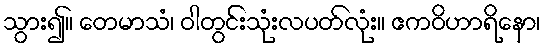
သွား၍။ တေမာသံ၊ ဝါတွင်းသုံးလပတ်လုံး။ ဧကဝိဟာရိနော၊